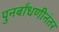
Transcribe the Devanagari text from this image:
पुनर्बांधणीनंतर